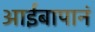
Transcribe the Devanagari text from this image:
आईबापानं